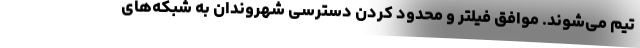
تیم می‌شوند. موافق فیلتر و محدود کردن دسترسی شهروندان به شبکه‌های